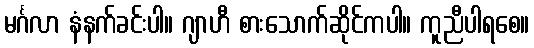
မင်္ဂလာ နံနက်ခင်းပါ။ ဂျာဟီ စားသောက်ဆိုင်ကပါ။ ကူညီပါရစေ။